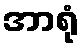
အာရုံ